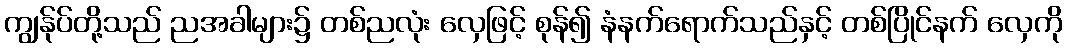
ကျွန်ုပ်တို့သည် ညအခါများ၌ တစ်ညလုံး လှေဖြင့် စုန်၍ နံနက်ရောက်သည်နှင့် တစ်ပြိုင်နက် လှေကို